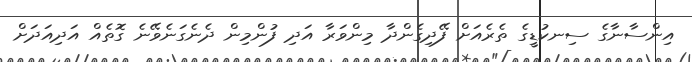
އިންސާނާގެ ސިނކުޑީގެ ތެރެއަށް ފޭދިގެންދާ މިންވަރާ އަދި ފުންމިން ދެނެގަނެވޭނެ ގޮތެއް އަދިއަދަށް